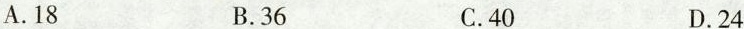
A.18 B.36 C.40 D.24